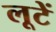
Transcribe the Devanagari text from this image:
लूटें